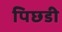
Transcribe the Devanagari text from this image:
पिछडी